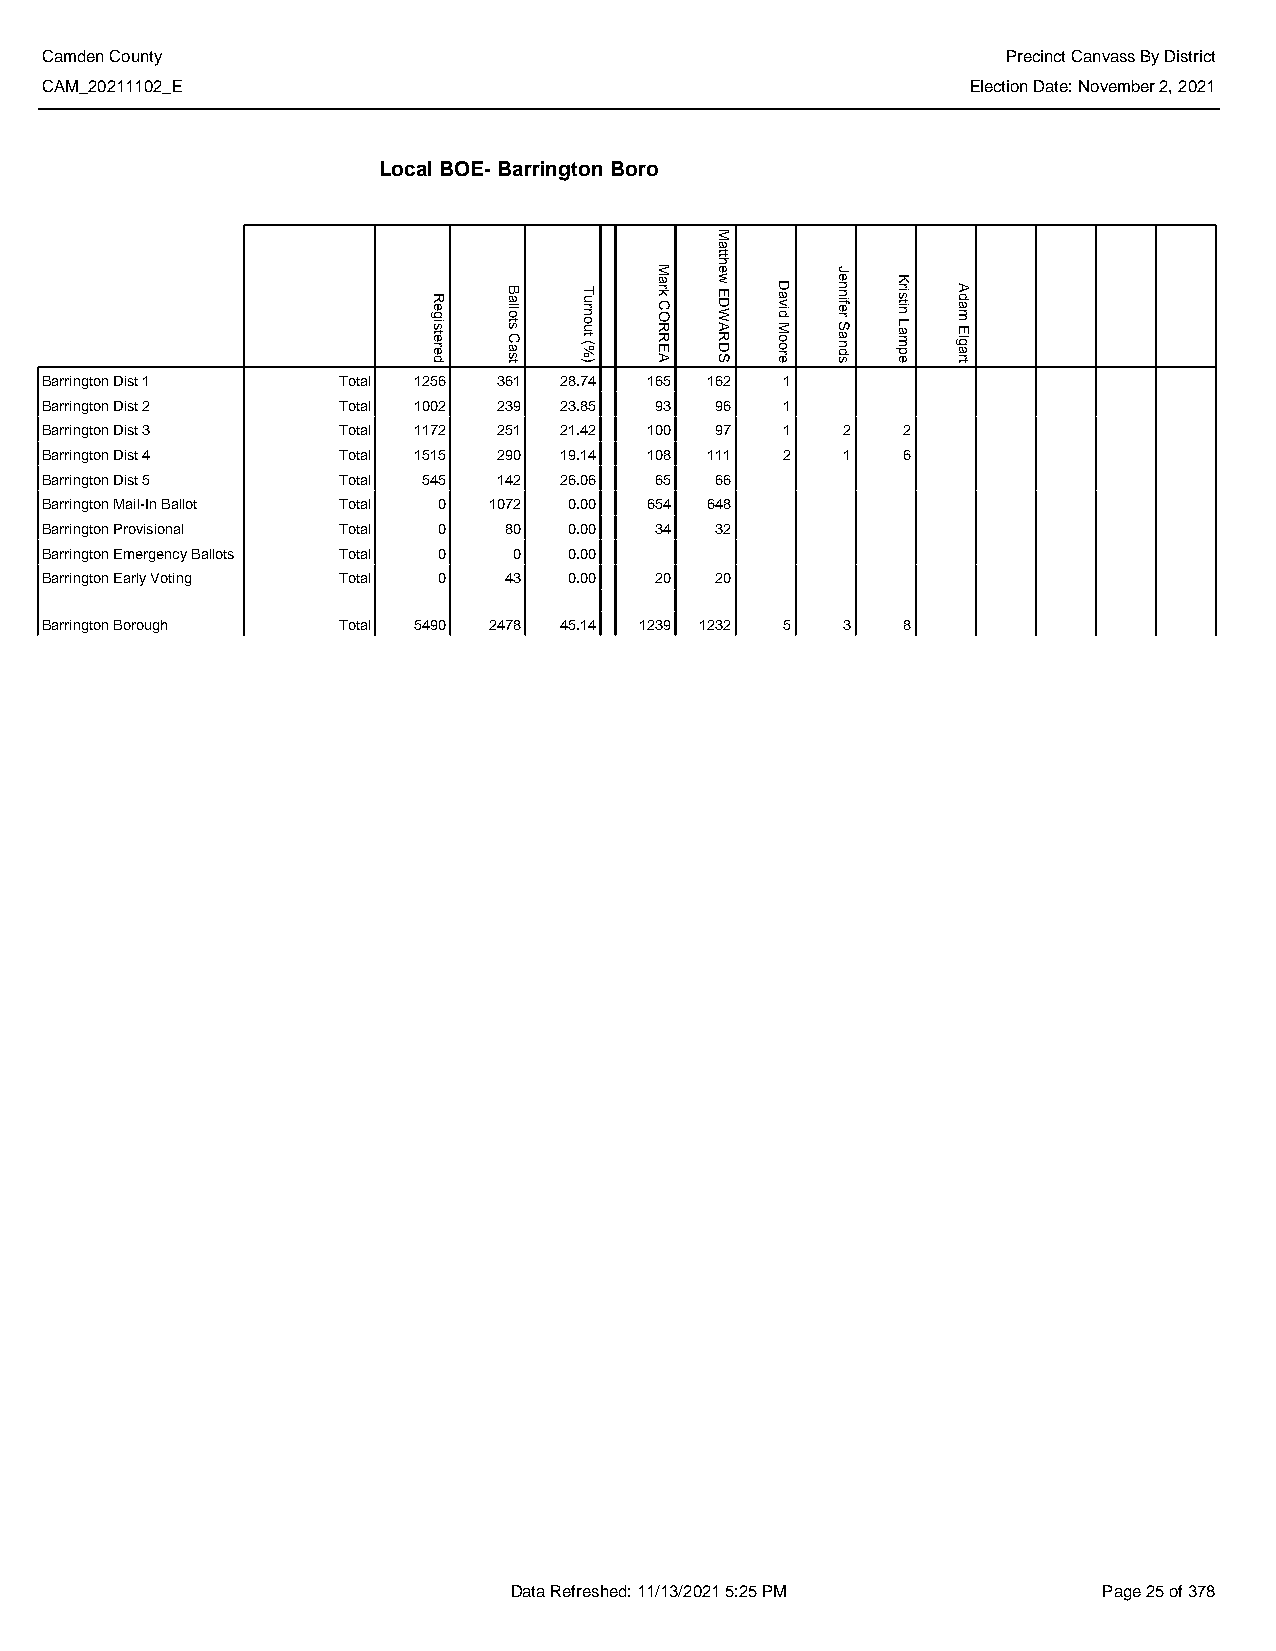
Camden County                                                   Precinct Canvass By District
 CAM_20211102_E                                               Election Date: November 2, 2021
 Local BOE- Barrington Boro
 Barrington Dist 1  Total 1256 361 28.74 165 162  1
 Barrington Dist 2  Total 1002 239 23.85 93  96   1
 Barrington Dist 3  Total 1172 251 21.42 100 97   1   2   2
 Barrington Dist 4  Total 1515 290 19.14 108 111  2   1   6
 Barrington Dist 5  Total 545  142 26.06 65  66
 Barrington Mail-In Ballot Total 0 1072 0.00 654 648
 Barrington Provisional Total 0 80  0.00 34  32
 Barrington Emergency Ballots Total 0 0 0.00
 Barrington Early Voting Total 0 43 0.00 20  20
 Barrington Borough Total 5490 2478 45.14 1239 1232 5 3   8
 Data Refreshed: 11/13/2021 5:25 PM     Page 25 of 378
 Registered Ballots
 Cast
 Turnout
 (%)
 Mark
 CORREA
 Matthew
 EDWARDS David
 Moore
 Jennifer
 Sands
 Kristin
 Lampe
 Adam
 Elgart